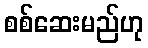
စစ်ဆေးမည်ဟု